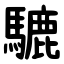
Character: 騼